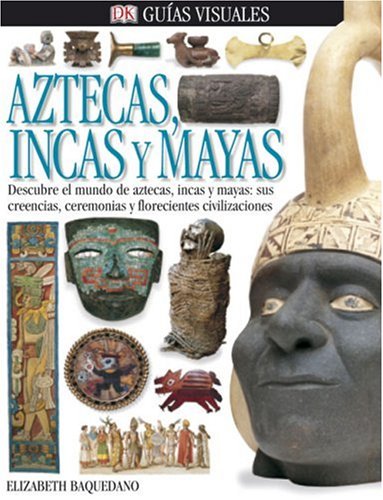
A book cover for Aztecas, Incas, Y Mayas (DK Eyewitness Books) (Spanish Edition); Elizabeth Baquedano; Children's Books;